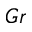
G r